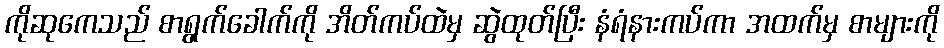
ကိုဆုကေသည် စာရွက်ခေါက်ကို အိတ်ကပ်ထဲမှ ဆွဲထုတ်ပြီး နံရံနားကပ်ကာ အထက်မှ စာများကို